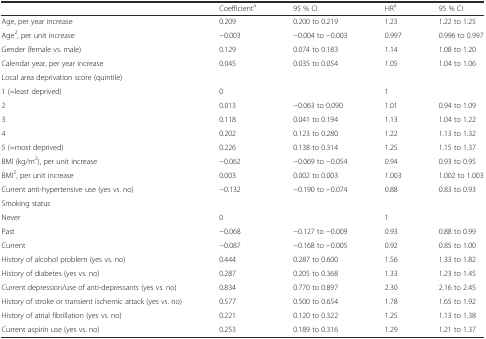
<table><thead><tr><td></td><td><b>Coefficient<sup>a</sup></b></td><td><b>95 % CI</b></td><td><b>HR<sup>a</sup></b></td><td><b>95 % CI</b></td></tr></thead><tbody><tr><td>Age, per year increase</td><td>0.209</td><td>0.200 to 0.219</td><td>1.23</td><td>1.22 to 1.25</td></tr><tr><td>Age<sup>2</sup>, per unit increase</td><td>−0.003</td><td>−0.004 to −0.003</td><td>0.997</td><td>0.996 to 0.997</td></tr><tr><td>Gender (female vs. male)</td><td>0.129</td><td>0.074 to 0.183</td><td>1.14</td><td>1.08 to 1.20</td></tr><tr><td>Calendar year, per year increase</td><td>0.045</td><td>0.035 to 0.054</td><td>1.05</td><td>1.04 to 1.06</td></tr><tr><td>Local area deprivation score (quintile)</td><td></td><td></td><td></td><td></td></tr><tr><td>1 (=least deprived)</td><td>0</td><td></td><td>1</td><td></td></tr><tr><td>2</td><td>0.013</td><td>−0.063 to 0.090</td><td>1.01</td><td>0.94 to 1.09</td></tr><tr><td>3</td><td>0.118</td><td>0.041 to 0.194</td><td>1.13</td><td>1.04 to 1.22</td></tr><tr><td>4</td><td>0.202</td><td>0.123 to 0.280</td><td>1.22</td><td>1.13 to 1.32</td></tr><tr><td>5 (=most deprived)</td><td>0.226</td><td>0.138 to 0.314</td><td>1.25</td><td>1.15 to 1.37</td></tr><tr><td>BMI (kg/m<sup>2</sup>), per unit increase</td><td>−0.062</td><td>−0.069 to −0.054</td><td>0.94</td><td>0.93 to 0.95</td></tr><tr><td>BMI<sup>2</sup>, per unit increase</td><td>0.003</td><td>0.002 to 0.003</td><td>1.003</td><td>1.002 to 1.003</td></tr><tr><td>Current anti-hypertensive use (yes vs. no)</td><td>−0.132</td><td>−0.190 to −0.074</td><td>0.88</td><td>0.83 to 0.93</td></tr><tr><td>Smoking status</td><td></td><td></td><td></td><td></td></tr><tr><td>Never</td><td>0</td><td></td><td>1</td><td></td></tr><tr><td>Past</td><td>−0.068</td><td>−0.127 to −0.009</td><td>0.93</td><td>0.88 to 0.99</td></tr><tr><td>Current</td><td>−0.087</td><td>−0.168 to −0.005</td><td>0.92</td><td>0.85 to 1.00</td></tr><tr><td>History of alcohol problem (yes vs. no)</td><td>0.444</td><td>0.287 to 0.600</td><td>1.56</td><td>1.33 to 1.82</td></tr><tr><td>History of diabetes (yes vs. no)</td><td>0.287</td><td>0.205 to 0.368</td><td>1.33</td><td>1.23 to 1.45</td></tr><tr><td>Current depression/use of anti-depressants (yes vs. no)</td><td>0.834</td><td>0.770 to 0.897</td><td>2.30</td><td>2.16 to 2.45</td></tr><tr><td>History of stroke or transient ischemic attack (yes vs. no)</td><td>0.577</td><td>0.500 to 0.654</td><td>1.78</td><td>1.65 to 1.92</td></tr><tr><td>History of atrial fibrillation (yes vs. no)</td><td>0.221</td><td>0.120 to 0.322</td><td>1.25</td><td>1.13 to 1.38</td></tr><tr><td>Current aspirin use (yes vs. no)</td><td>0.253</td><td>0.189 to 0.316</td><td>1.29</td><td>1.21 to 1.37</td></tr></tbody></table>